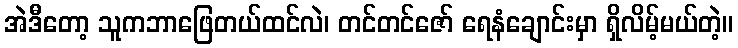
အဲဒီတော့ သူကဘာဖြေတယ်ထင်လဲ၊ တင်တင်ဇော် ရေနံချောင်းမှာ ရှိလိမ့်မယ်တဲ့။